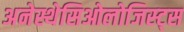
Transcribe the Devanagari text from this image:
अनेस्थेसिओलोजिस्ट्स